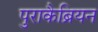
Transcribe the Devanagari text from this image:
पुराकैब्रियन